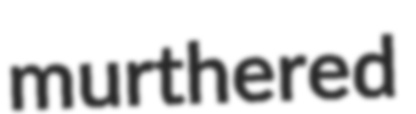
murthered